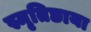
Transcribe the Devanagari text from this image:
स्मृतिछाया